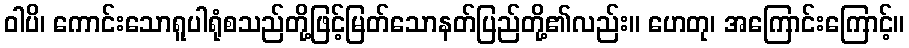
ဝါပိ၊ ကောင်းသောရူပါရုံစသည်တို့ဖြင့်မြတ်သောနတ်ပြည်တို့၏လည်း။ ဟေတု၊ အကြောင်းကြောင့်။